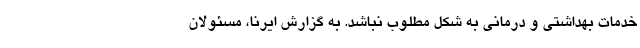
خدمات بهداشتی و درمانی به شکل مطلوب نباشد. به گزارش ایرنا، مسئولان